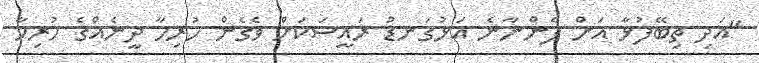
"އަދި ތިބޭފުޅާ އަށް ފެންނާނެ އަޅުގަނޑު ރައީސަކަށް ވެގެން ހުރިހާ ދީނެއްގެ ހުރިހާ